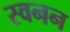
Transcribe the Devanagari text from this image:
स्वनन